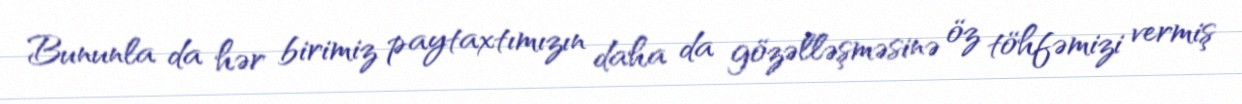
Bununla da hər birimiz paytaxtımızın daha da gözəlləşməsinə öz töhfəmizi vermiş